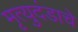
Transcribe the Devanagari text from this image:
मृत्युदंडाचे